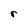
Character: r